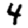
Digit: 4